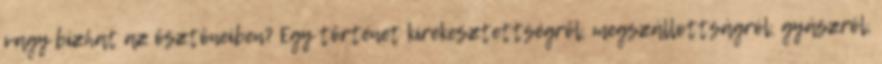
vagy bízhat az ösztöneiben? Egy történet kirekesztettségről, megszállottságról, gyászról,